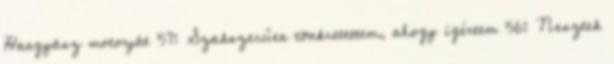
Hangyász motorját 57: Szakszerűen tönkretettem, ahogy ígértem 56: Nesztek